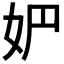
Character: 𰋻